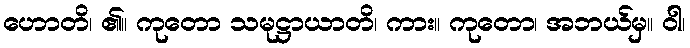
ဟောတိ၊ ၏။ ကုတော သမုဋ္ဌာယာတိ၊ ကား။ ကုတော၊ အဘယ်မှ။ ဝါ၊